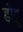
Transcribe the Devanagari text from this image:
डोट्स